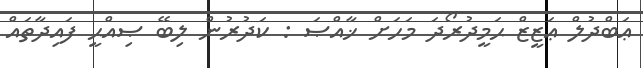
ޢަބްދުލް ޢަޒީޒް ޙަމީދުރޯދަ މަހަށް ޚާއްޞަ : ކަދުރުން ލިބޭ ޞިއްޙީ ފައިދާތައް